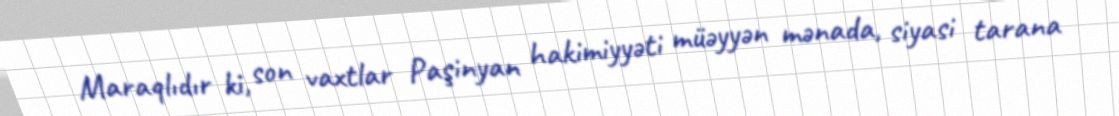
Maraqlıdır ki, son vaxtlar Paşinyan hakimiyyəti müəyyən mənada, siyasi tarana